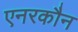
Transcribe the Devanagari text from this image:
एनरकौन